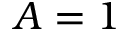
A = 1